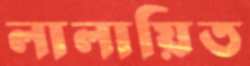
লালায়িত